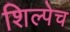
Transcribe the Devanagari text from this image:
शिल्पेच